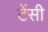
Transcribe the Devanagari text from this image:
टेंसी